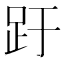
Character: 趶